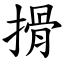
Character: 搰